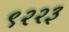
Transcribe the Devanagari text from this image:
९२२३